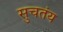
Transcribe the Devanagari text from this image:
सुचतंय